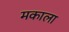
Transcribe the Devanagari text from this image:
मकाला